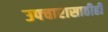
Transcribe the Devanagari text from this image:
उपचारासाठीही